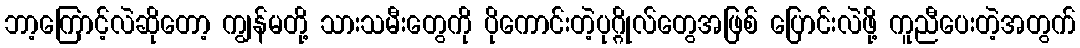
ဘာ့ကြောင့်လဲဆိုတော့ ကျွန်မတို့ သားသမီးတွေကို ပိုကောင်းတဲ့ပုဂ္ဂိုလ်တွေအဖြစ် ပြောင်းလဲဖို့ ကူညီပေးတဲ့အတွက်